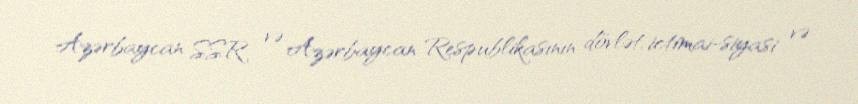
Azərbaycan SSR və Azərbaycan Respublikasının dövlət, ictimai-siyasi və